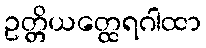
ဥတ္တိယတ္ထေရဂါထာ